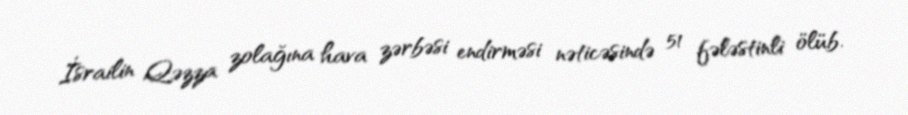
İsrailin Qəzza zolağına hava zərbəsi endirməsi nəticəsində 51 fələstinli ölüb.